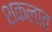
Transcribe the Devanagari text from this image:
शकलात